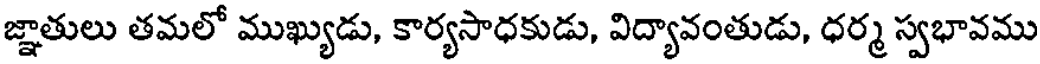
జ్ఞాతులు తమలో ముఖ్యుడు, కార్యసాధకుడు, విద్యావంతుడు, ధర్మ స్వభావము